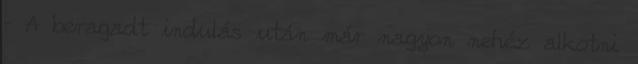
– A beragadt indulás után már nagyon nehéz alkotni